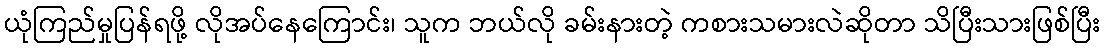
ယုံကြည်မှုပြန်ရဖို့ လိုအပ်နေကြောင်း၊ သူက ဘယ်လို ခမ်းနားတဲ့ ကစားသမားလဲဆိုတာ သိပြီးသားဖြစ်ပြီး